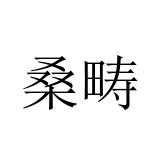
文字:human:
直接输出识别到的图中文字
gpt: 桑畴